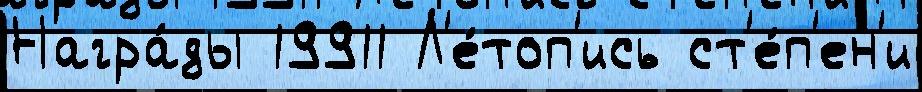
Награ́ды 19911 Л'е́топ'ись ст'е́п'ен'и